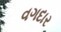
વગદાર